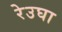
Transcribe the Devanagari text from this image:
रेउघा